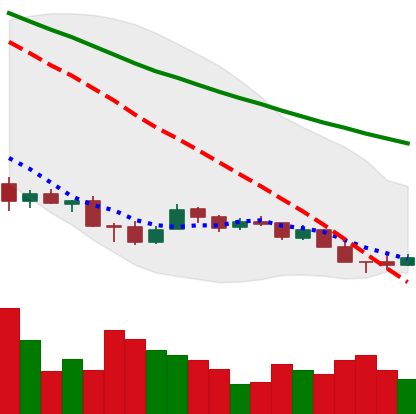
Ticker: XMR-USD
Chart end date: 2018-12-09
Forward return: -17.727%
Label: down_7plus